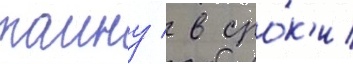
таину / в сро́к'и